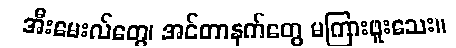
အီးမေးလ်တွေ၊ အင်တာနက်တွေ မကြားဖူးသေး။